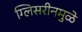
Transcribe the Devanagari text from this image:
ग्लिसरीनमुळे